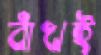
বাঁখই